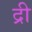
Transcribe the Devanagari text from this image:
द्री